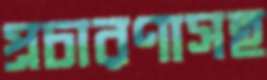
প্রচারণাসহ